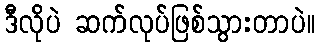
ဒီလိုပဲ ဆက်လုပ်ဖြစ်သွားတာပဲ။